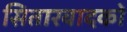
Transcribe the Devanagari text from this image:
सितारवादकों